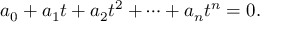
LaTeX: a _ { 0 } + a _ { 1 } t + a _ { 2 } t ^ { 2 } + \cdots + a _ { n } t ^ { n } = 0 .